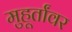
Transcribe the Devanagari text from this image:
मुहूर्तांवर